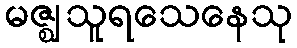
မဇ္ဈသူရသေနေသု